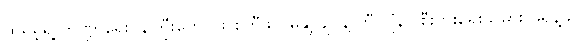
ထရမ့်ရဲ့ ဘဏ္ဍာရေးဝန်ကြီးဟောင်း စတီဖင် မနျူချင်နဲ့ ဘီလျံနာ စီးပွားရေးသမား ဖရန့်ခ်